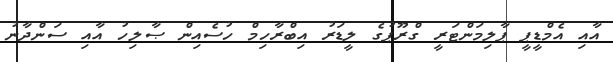
އާއި އެމްޑީޕީ ޕާލިމަންޓަރީ ގްރޫޕުގެ ލީޑަރު އިބްރާހިމް ހުސެއިން ޞާލިހު އާއި ސަންދާނު